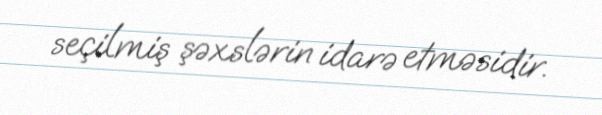
seçilmiş şəxslərin idarə etməsidir.